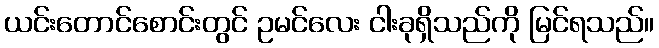
ယင်းတောင်စောင်းတွင် ဥမင်လေး ငါးခုရှိသည်ကို မြင်ရသည်။